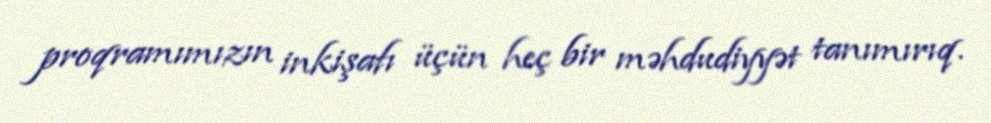
proqramımızın inkişafı üçün heç bir məhdudiyyət tanımırıq.